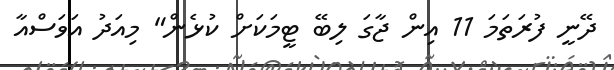
ދޭނީ ފުރަތަމަ 11 އިން ޖާގަ ލިބޭ ޓީމަކަށް ކުޅެން" މިއަދު އަވަސްއާ